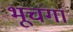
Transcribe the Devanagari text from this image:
भूचंगा